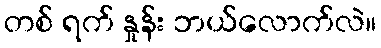
တစ် ရက် နှုန်း ဘယ်လောက်လဲ။